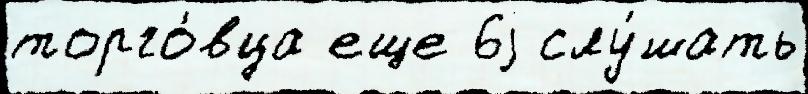
торго́вца еще 6j слу́шать